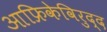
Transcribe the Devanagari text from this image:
आफ्रिकेविरुद्द